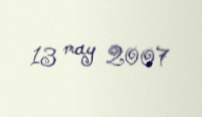
13 may 2007